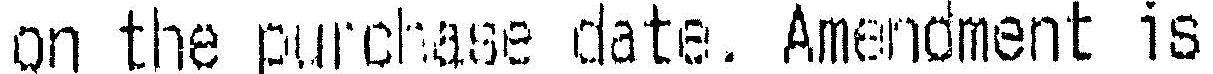
ON THE PURCHASE DATE. AMENOMENT IS